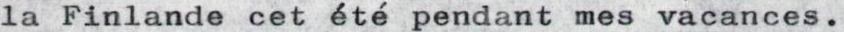
la Finlande cet été pendant mes vacances.